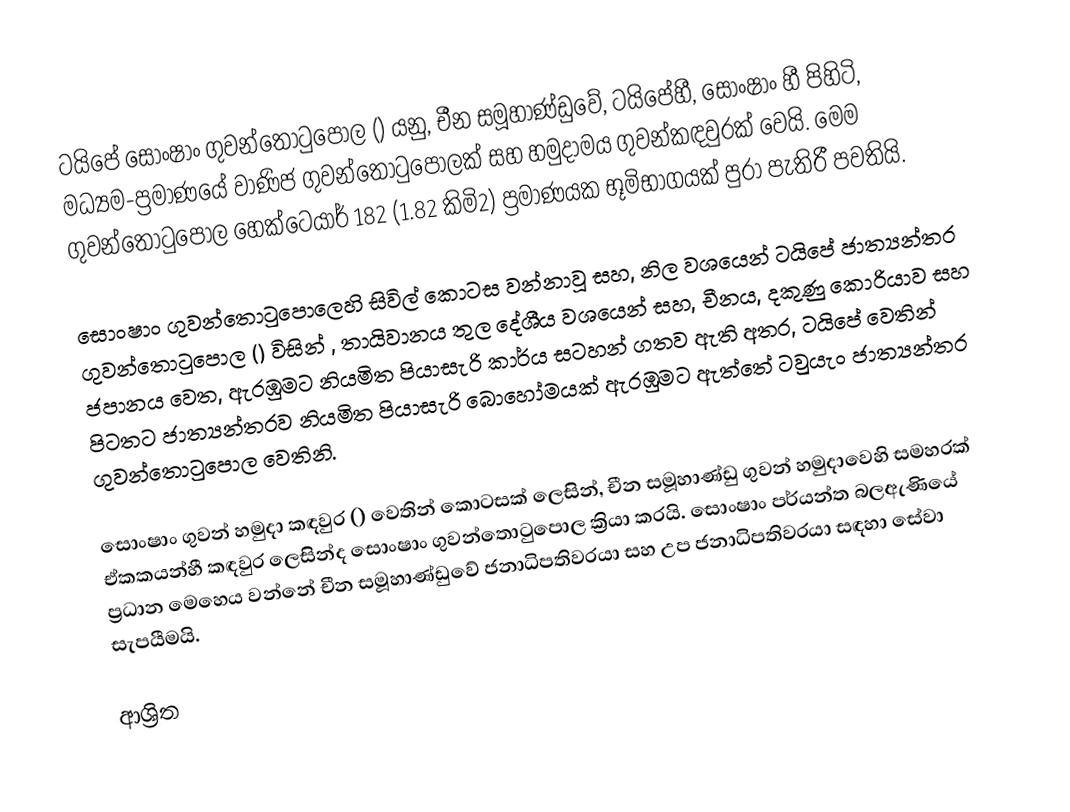
ටයිපේ සොංෂාං ගුවන්තොටුපොල   () යනු,  චීන සමූහාණ්ඩුවේ,  ටයිපේහී,  සොංෂාං  හී පිහිටි,  මධ්‍යම-ප්‍රමාණයේ වාණිජ ගුවන්තොටුපොලක් සහ හමුදාමය ගුවන්කඳවුරක් වෙයි. මෙම ගුවන්තොටුපොල  හෙක්ටෙයාර් 182  (1.82 කිමි2) ප්‍රමාණයක  භූමිභාගයක් පුරා පැතිරී පවතියි.

සොංෂාං ගුවන්තොටුපොලෙහි සිවිල් කොටස වන්නාවූ සහ, නිල වශයෙන්  ටයිපේ  ජාත්‍යන්තර ගුවන්තොටුපොල () විසින් , තායිවානය තුල දේශීය වශයෙන් සහ, චීනය, දකුණු කොරියාව සහ ජපානය වෙත, ඇරඹුමට නියමිත පියාසැරි කාර්ය සටහන් ගතව ඇති අතර, ටයිපේ වෙතින් පිටතට ජාත්‍යන්තරව නියමිත පියාසැරි බොහෝමයක්  ඇරඹුමට ඇත්තේ   ටවුයැං ජාත්‍යන්තර  ගුවන්තොටුපොල වෙතිනි.

සොංෂාං ගුවන් හමුදා කඳවුර () වෙතින් කොටසක් ලෙසින්, චීන සමූහාණ්ඩු ගුවන් හමුදාවෙහි සමහරක් ඒකකයන්හී කඳවුර ලෙසින්ද  සොංෂාං ගුවන්තොටුපොල ක්‍රියා කරයි. සොංෂාං පර්යන්ත බලඇණියේ  ප්‍රධාන මෙහෙය වන්නේ චීන සමූහාණ්ඩුවේ ජනාධිපතිවරයා  සහ   උප ජනාධිපතිවරයා  සඳහා සේවා සැපයීමයි.

ආශ්‍රිත